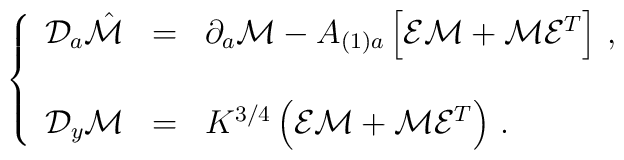
\left\{\begin{array}{rcl}{\cal D}_{a}\hat{\cal M} & = & \partial_{a}{\cal M} -A_{(1)a}\left[ {\cal E}{\cal M} +{\cal M}{\cal E}^{T}\right]\, ,  \\& & \\{\cal D}_{y}{\cal M} & = & K^{3/4}\left( {\cal E}{\cal M} +{\cal M}{\cal E}^{T}\right)\, . \\\end{array}\right.